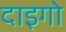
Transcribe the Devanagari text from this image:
दाइगो